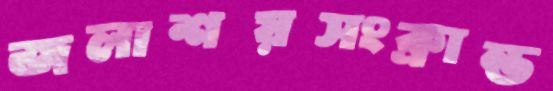
জলাশয়সংক্রান্ত